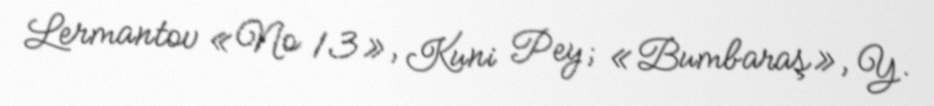
Lermantov «№ 13», Kuni Pey; «Bumbaraş», Y.